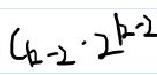
$a ^ { 2 } - 2 \cdot 2 ^ { b - 2 }$